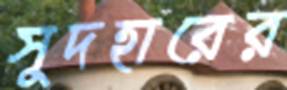
সুদহারের